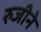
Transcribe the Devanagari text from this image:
रुजीने